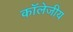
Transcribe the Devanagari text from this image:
कॉलेजीय